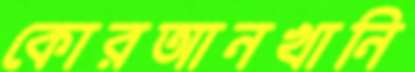
কোরআনখানি